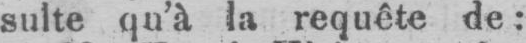
sulte qu’à la requête de: